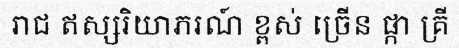
រាជ ឥស្សរិយាភរណ៍ ខ្ពស់ ច្រើន ផ្កា គ្រី